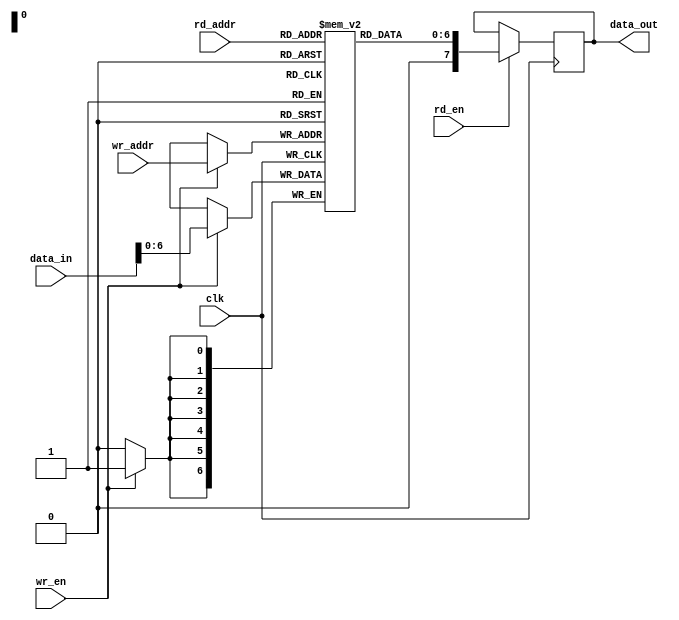
module memory #(
		parameter BITS=8, parameter SIZE=128
		)
		
		(
		input wr_en,
		input     [(MAX_BITS-1):0] wr_addr,
		input [(BITS-1):0] data_in,
		
		input rd_en,
		input     [(MAX_BITS-1):0] rd_addr,
		output reg [(BITS-1):0] data_out,

		input            clk
		);
	
	localparam MAX_BITS = $clog2(SIZE);

	always @(posedge clk) begin
		if (rd_en)
			data_out <= mem[rd_addr];
	end

	always @(posedge clk) begin
		if (wr_en)
			mem[wr_addr] <= data_in;
	end
	
	reg [(MAX_BITS-1):0] mem[SIZE];

	generate
		genvar i;

		for(i = 0; i<SIZE; i=i+1) begin
			initial mem[i] <= 0;
		end
	
	endgenerate
	
endmodule